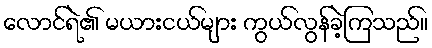
လောင်ရဲ၏ မယားငယ်များ ကွယ်လွန်ခဲ့ကြသည်။